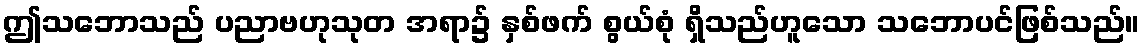
ဤသဘောသည် ပညာဗဟုသုတ အရာ၌ နှစ်ဖက် စွယ်စုံ ရှိသည်ဟူသော သဘောပင်ဖြစ်သည်။